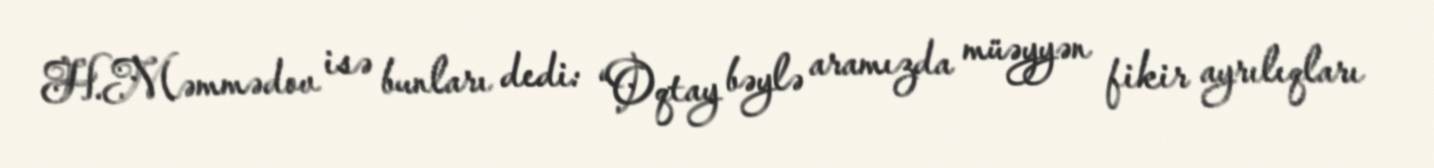
H.Məmmədov isə bunları dedi: “Oqtay bəylə aramızda müəyyən fikir ayrılıqları